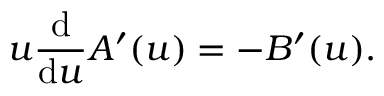
u \frac { \mathrm { d } } { \mathrm { d } u } A ^ { \prime } ( u ) = - B ^ { \prime } ( u ) .